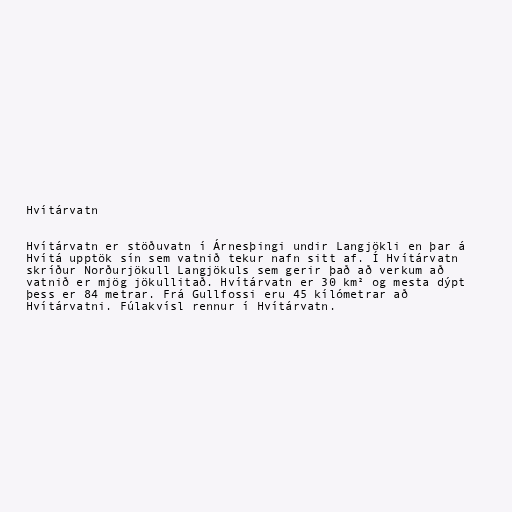
Hvítárvatn

Hvítárvatn er stöðuvatn í Árnesþingi undir Langjökli en þar á
Hvítá upptök sín sem vatnið tekur nafn sitt af. Í Hvítárvatn
skríður Norðurjökull Langjökuls sem gerir það að verkum að
vatnið er mjög jökullitað. Hvítárvatn er 30 km² og mesta dýpt
þess er 84 metrar. Frá Gullfossi eru 45 kílómetrar að
Hvítárvatni. Fúlakvísl rennur í Hvítárvatn.